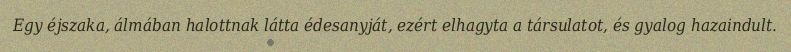
Egy éjszaka, álmában halottnak látta édesanyját, ezért elhagyta a társulatot, és gyalog hazaindult.